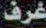
غرف